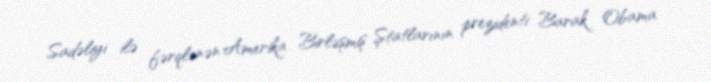
Sadəliyi ilə fərqlənən Amerika Birləşmiş Ştatlarının prezidenti Barak Obama